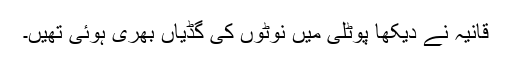
قانیہ نے دیکھا پوٹلی میں نوٹوں کی گڈیاں بھری ہوئی تھیں۔